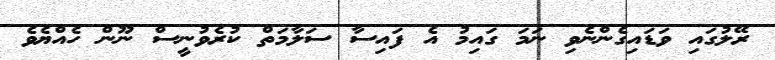
ރޭލުގައި ވަޑައިގެންނެވި ނަމަ ގައިމު އެ ފައިސާ ސަލާމަތް ކުރެވުނީސް ނޫން ހެއްޔެވެ